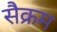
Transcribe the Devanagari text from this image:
सैक्रम